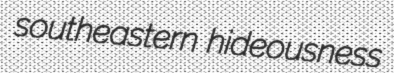
southeastern hideousness